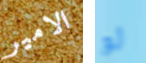
الامير لو